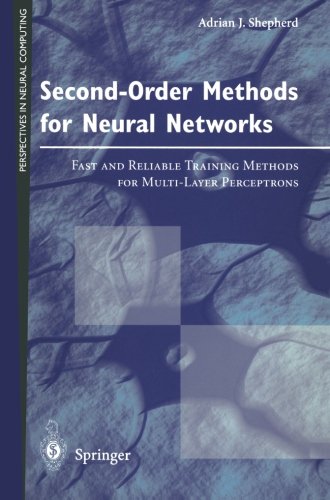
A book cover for Second-Order Methods for Neural Networks: Fast and Reliable Training Methods for Multi-Layer Perceptrons (Perspectives in Neural Computing); Adrian J. Shepherd; Computers & Technology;